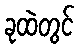
ခုထဲတွင်